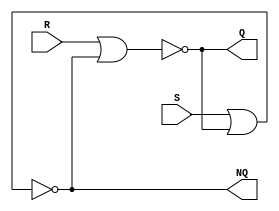
module Lab3_SR_Latch_gatelevel(
                               output Q,
							   output NQ,
							   input S,
							   input R
							   );
nor #2 (Q,R,NQ);
nor #2 (NQ,S,Q);

endmodule